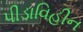
પીડાવિહીન